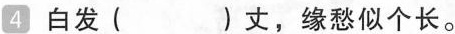
4 白发( )丈，缘愁似个长。